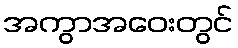
အကွာအဝေးတွင်